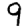
Digit: 9